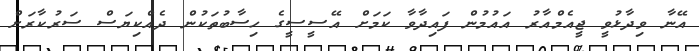
އޭނާ ވިދާޅުވީ ޖީއެމްއާރު އައުމުން ފައިދާވާ ކަމަށް އޭސީސީގެ ހިސާބުތަކުން ދެއްކިޔަސް ސަރުކާރަށް